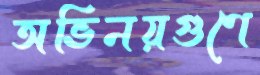
অভিনয়গুণে